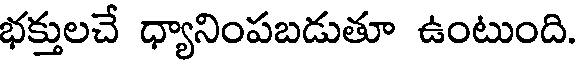
భక్తులచే ధ్యానింపబడుతూ ఉంటుంది.